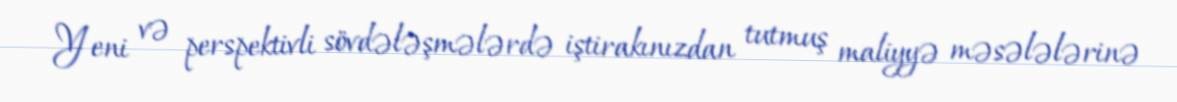
Yeni və perspektivli sövdələşmələrdə iştirakınızdan tutmuş maliyyə məsələlərinə